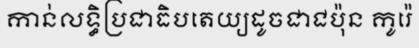
កាន់លទ្ធិប្រជាធិបតេយ្យដូចជាជប៉ុន កូរ៉េ